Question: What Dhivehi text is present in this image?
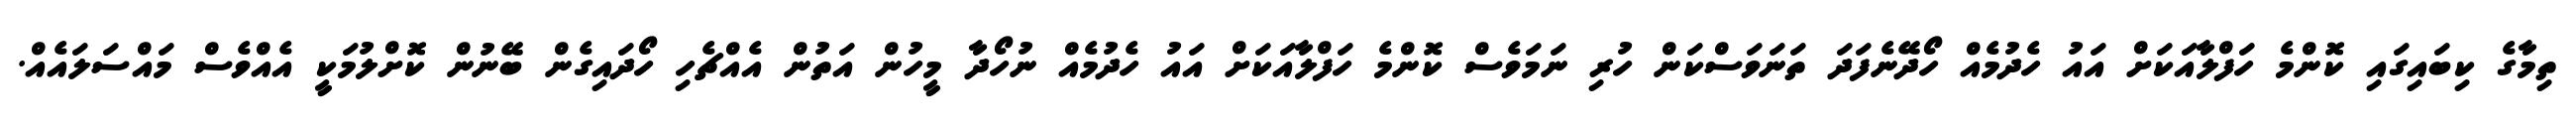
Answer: ތިމާގެ ކިބައިގައި ކޮންމެ ހަފްލާއަކަށް އައު ހެދުމެއް ހޯދޭނެފަދަ ތަނަވަސްކަން ހުރި ނަމަވެސް ކޮންމެ ހަފްލާއަކަށް އައު ހެދުމެއް ނުހޯދާ މީހުން އަތުން އެއްޗެހި ހޯދައިގެން ބޭނުން ކޮށްލުމަކީ އެއްވެސް މައްސަލައެއް.